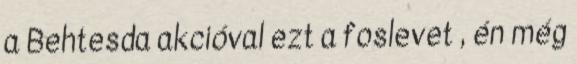
a Behtesda akcióval ezt a foslevet , én még